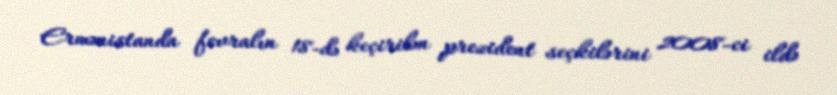
Ermənistanda fevralın 18-də keçirilən prezident seçkilərini 2008-ci ildə